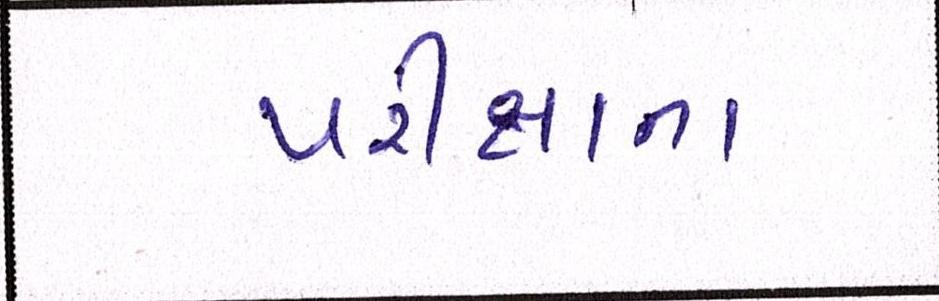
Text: પરીક્ષાના